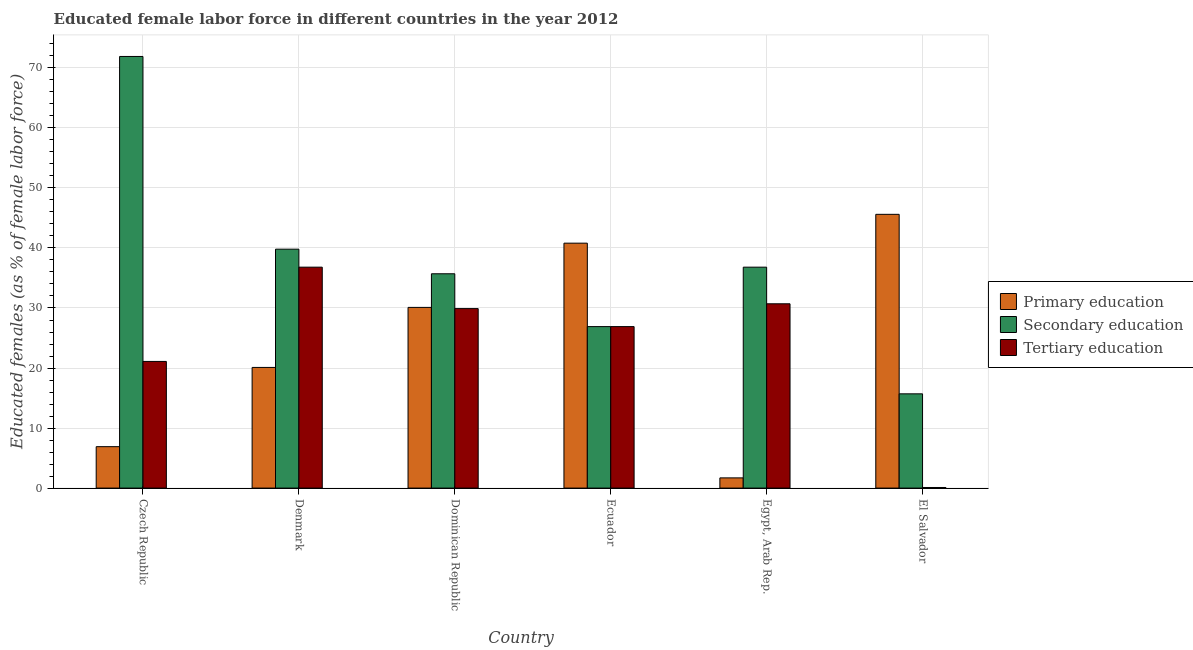
| Country | Primary education | Secondary education | Tertiary education |
 | --- | --- | --- | --- |
 | Czech Republic | 6.9 | 71.9 | 21.1 |
 | Denmark | 20.1 | 39.8 | 36.8 |
 | Dominican Republic | 30.1 | 35.7 | 29.9 |
 | Ecuador | 40.8 | 26.9 | 26.9 |
 | Egypt, Arab Rep. | 1.7 | 36.8 | 30.7 |
 | El Salvador | 45.6 | 15.7 | 0.1 |